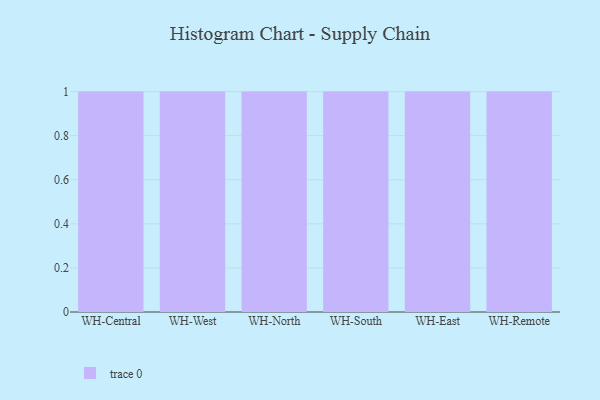
{"axis": {"x": "Warehouse", "y": "Demand Index"}, "legend": [""], "data": [{"x": "WH-Central", "y": 71, "type": ""}, {"x": "WH-West", "y": 19, "type": ""}, {"x": "WH-North", "y": 37, "type": ""}, {"x": "WH-South", "y": 94, "type": ""}, {"x": "WH-East", "y": 69, "type": ""}, {"x": "WH-Remote", "y": 18, "type": ""}]}